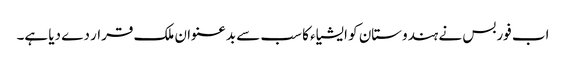
اب فوربس نے ہندوستان کو ایشیاء کا سب سے بدعنوان ملک قرار دے دیا ہے۔